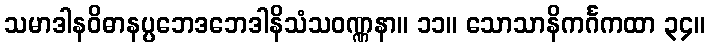
သမာဒါနဝိဓာနပ္ပဘေဒဘေဒါနိသံသဝဏ္ဏနာ။ ၁၁။ သောသာနိကင်္ဂကထာ ၃၄။